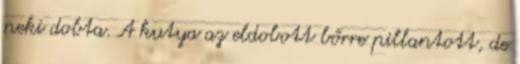
neki dobta. A kutya az eldobott bőrre pillantott, de